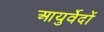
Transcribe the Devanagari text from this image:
आयुर्वेदों